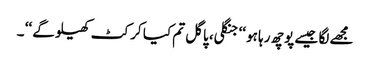
مجھے لگا جیسے پوچھ رہا ہو ‘‘ جنگلی، پاگل تم کیا کرکٹ کھیلو گے ‘‘ ۔